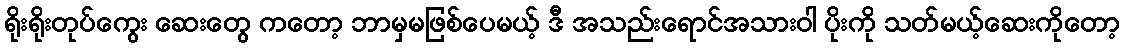
ရိုးရိုးတုပ်ကွေး ဆေးတွေ ကတော့ ဘာမှမဖြစ်ပေမယ့် ဒီ အသည်းရောင်အသားဝါ ပိုးကို သတ်မယ့်ဆေးကိုတော့